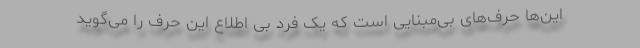
این‌ها حرف‌های بی‌مبنایی است که یک فرد بی اطلاع این حرف را می‌گوید